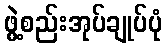
ဖွဲ့စည်းအုပ်ချုပ်ပုံ